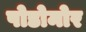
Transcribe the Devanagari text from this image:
पोडोमोर